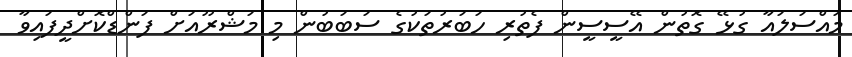
މައްސަލައާ ގުޅޭ ގޮތުން އޭސީސީން ފެތުރި ހަބަރުތަކުގެ ސަބަބުން މި މަޝްރޫއަށް ފަންޑްކޮށްދީފައިވާ